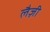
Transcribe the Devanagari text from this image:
लैज़ी